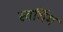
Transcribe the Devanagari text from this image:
स्वर्धिम